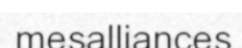
mesalliances